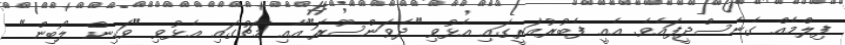
ފިލްމެއް ގެނެސްދީފައެވެ. އެއީ ފެބުރުއަރީގައި އެޅުވި "ދެވަންސޫރަ"އާއި މާޗުގައި އެޅުވި "ވަކިން ލޯބިން"